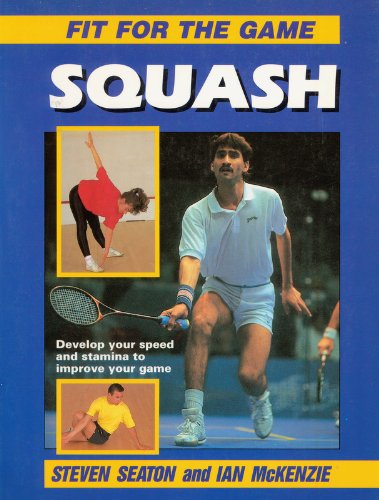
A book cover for Squash (Fit for the Game); Steven Seaton; Sports & Outdoors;